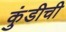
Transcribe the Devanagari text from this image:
कुंडीची